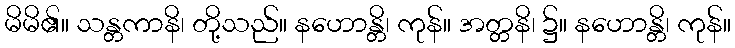
မိမိ၏။ သန္တကာနိ၊ တို့သည်။ နဟောန္တိ၊ ကုန်။ အတ္တနိ၊ ၌။ နဟောန္တိ၊ ကုန်။